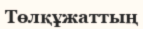
Төлқұжаттың